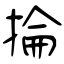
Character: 掄